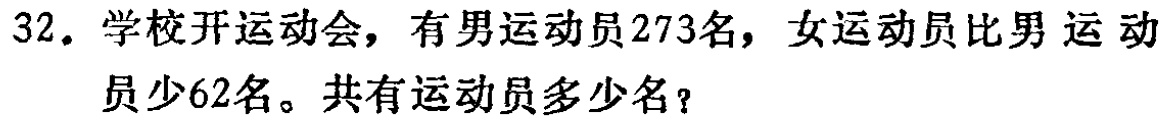
32. 学校开运动会，有男运动员273名，女运动员比男运动员少62名。共有运动员多少名？